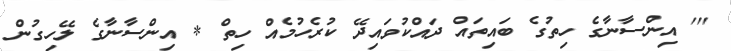
''' އިންސާނާގެ ހިތުގެ ބައިތައް ދައްކުވައިދޭ ކުރެހުމެއް ހިތް * އިންސާނާގެ ލޭހިގުން